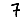
Digit: 7